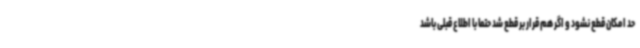
حد امکان قطع نشود و اگر هم قرار بر قطع شد حتما با اطلاع قبلی باشد